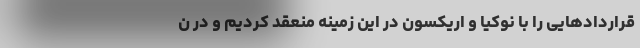
قراردادهایی را با نوکیا و اریکسون در این زمینه منعقد کردیم و در ن